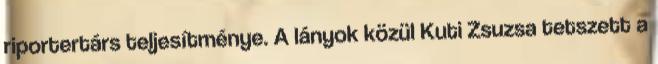
riportertárs teljesítménye. A lányok közül Kuti Zsuzsa tetszett a